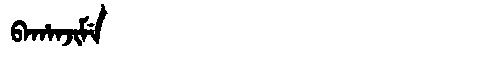
Manchu: ᠪᠠᡥᠠᠨᠵᡳᠮᡝ
Romanization: BAHANJIME